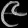
Digit: ၉